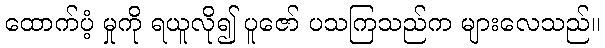
ထောက်ပံ့ မှုကို ရယူလို၍ ပူဇော် ပသကြသည်က များလေသည်။